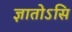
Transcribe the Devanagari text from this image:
ज्ञातोऽसि